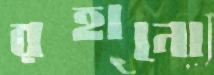
রহানো